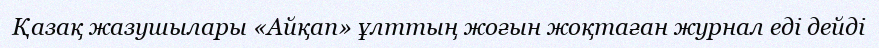
Қазақ жазушылары «Айқап» ұлттың жоғын жоқтаған журнал еді дейді